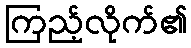
ကြည့်လိုက်၏